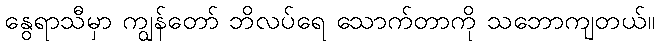
နွေရာသီမှာ ကျွန်တော် ဘိလပ်ရေ သောက်တာကို သဘောကျတယ်။